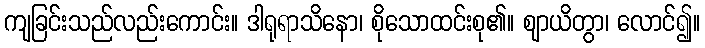
ကျခြင်းသည်လည်းကောင်း။ ဒါရုရာသိနော၊ စိုသောထင်းစု၏။ ဈာယိတွာ၊ လောင်၍။